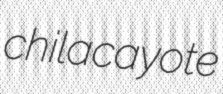
chilacayote